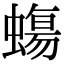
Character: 𧐀